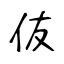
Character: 伖